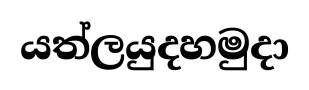
යත්ලයුදහමුදා